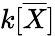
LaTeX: k[{\overline{{X}}}]